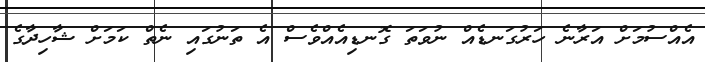
އެއްސުމަށް އަރާނެ ހަރުގަނޑެއް ނުވަތަ ގޮނޑިއެއްވެސް އެ ތަނުގައި ނެތް ކަމަށް ޝާހިދާގެ